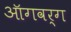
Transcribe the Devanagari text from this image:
ऑगवर्ग